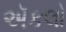
ઍકલો